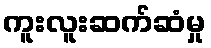
ကူးလူးဆက်ဆံမှု